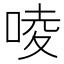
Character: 㖫